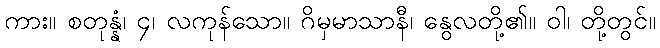
ကား။ စတုန္နံ၊ ၄၊ လကုန်သော။ ဂိမှမာသာနီ၊ နွေလတို့၏။ ဝါ၊ တို့တွင်။